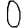
Digit: 0